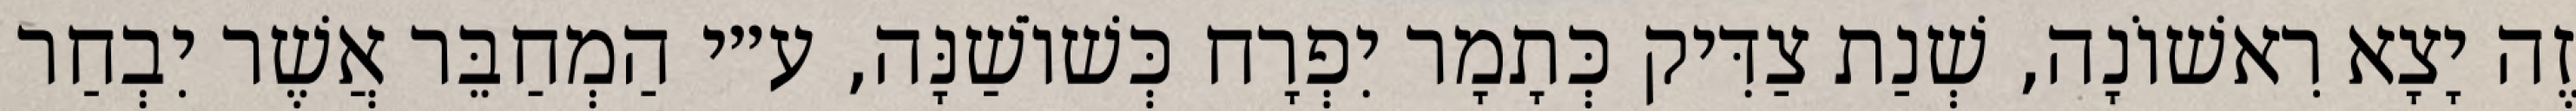
זֶה יָצָא רִאשׁוֹנָה, שְׁנַת צַדִּיק כְּתָמָר יִפְרָח כְּשׁוֹשַׁנָּה, ע״י הַמְחַבֵּר אֲשֶׁר יִבְחַר